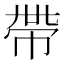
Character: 帶